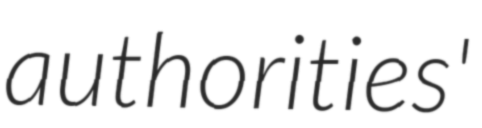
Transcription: authorities'